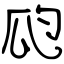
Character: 瓝